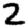
Digit: 2